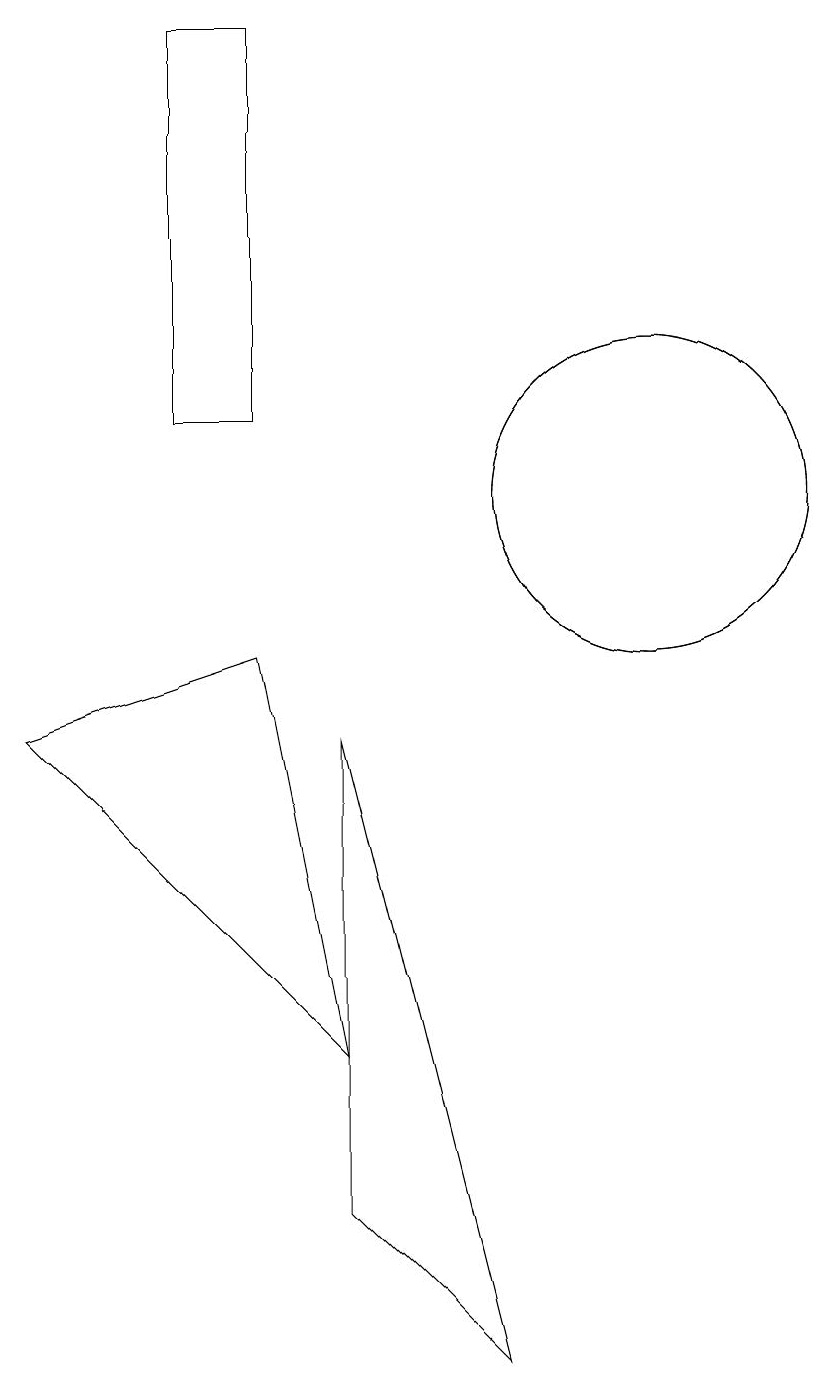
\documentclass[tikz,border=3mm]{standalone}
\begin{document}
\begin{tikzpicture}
\draw (10,11) circle (2);
\draw (6,2) -- (6,8) -- (8,0) -- cycle;
\draw (5,9) -- (2,8) -- (6,4) -- cycle;
\draw (4,12) rectangle (5,17);
\draw (10,11) circle (2);
\draw (11,10) circle (0);
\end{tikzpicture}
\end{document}